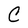
Character: C